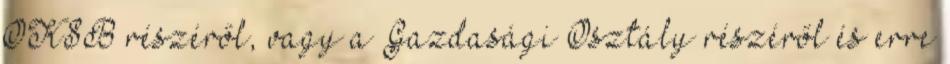
OKSB részéről, vagy a Gazdasági Osztály részéről és erre